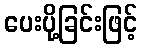
ပေးပို့ခြင်းဖြင့်